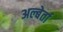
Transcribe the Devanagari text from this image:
अल्बेर्ता